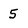
Character: 5